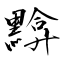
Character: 黭